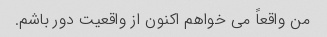
من واقعاً می خواهم اکنون از واقعیت دور باشم.